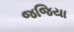
જજિયા